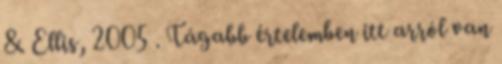
& Ellis, 2005 . Tágabb értelemben itt arról van